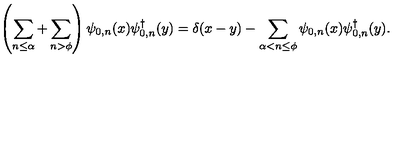
\left( \sum _ { n \leq \alpha } + \sum _ { n > \phi } \right) \psi _ { 0 , n } ( x ) \psi _ { 0 , n } ^ { \dagger } ( y ) = \delta ( x - y ) - \sum _ { \alpha < n \leq \phi } \psi _ { 0 , n } ( x ) \psi _ { 0 , n } ^ { \dagger } ( y ) .